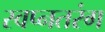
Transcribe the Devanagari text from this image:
स्वप्नतरंग